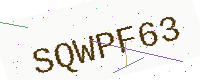
Text: SQWPF63